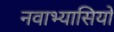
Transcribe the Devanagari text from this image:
नवाभ्यासियों